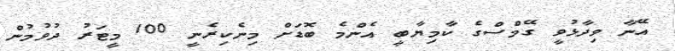
އޭނާ ވިދާޅުވީ ގޭމްސްގެ ކާމިޔާބީ އެންމެ ބޮޑަށް މިނެކިރެނީ 100 މީޓަރު ދުވުމުން